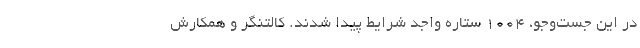
در این جست‌وجو، ۱۰۰۴ ستارهٔ واجد شرایط پیدا شدند. کالتنگر و همکارش